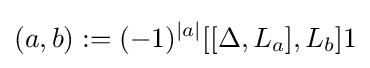
(a,b):=(-1)^{\left|a\right|}[[\Delta ,L_{a}],L_{b}]1